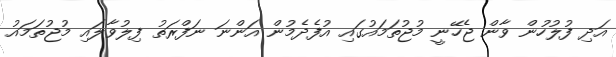
އަދި ފުލުހުން ވާން ޖެހޭނީ މުޖުތަމައުގައި އުފެދެމުން އަންނަ ނަފްރަތު ފިލުވާލައި މުޖުތަމައު